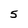
Character: 5